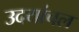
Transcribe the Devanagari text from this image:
उदयांचल